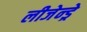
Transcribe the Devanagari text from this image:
लीजेन्ड्रे